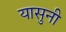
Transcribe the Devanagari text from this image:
यासुनी